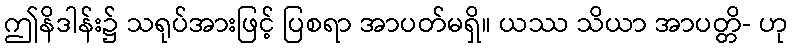
ဤနိဒါန်း၌ သရုပ်အားဖြင့် ပြစရာ အာပတ်မရှိ။ ယဿ သိယာ အာပတ္တိ- ဟု